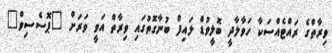
ވިރާތްގެ ރައްޓެއްސަކާ ހަވާލާދީ ބޮލީވުޑް ލައިފް ބުނާގޮތުގައި ވިރާތް އަވީ ވަރަށް "ޕޮސެސިވް"